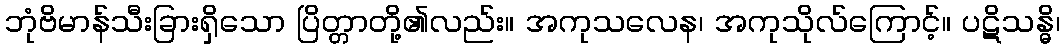
ဘုံဗိမာန်သီးခြားရှိသော ပြိတ္တာတို့၏လည်း။ အကုသလေန၊ အကုသိုလ်ကြောင့်။ ပဋိသန္ဓိ၊